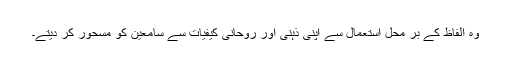
وہ الفاظ کے بر محل استعمال سے اپنی ذہنی اور روحانی کیفیات سے سامعین کو مسحور کر دیتے۔